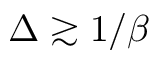
\Delta \gtrsim 1 / \beta